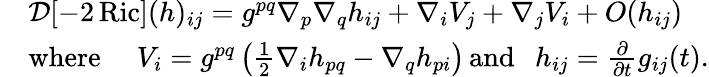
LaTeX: \begin{array}{rl}&{\mathcal{D}[-2\operatorname{Ric}](h)_{ij}=g^{pq}\nabla_{p}\nabla_{q}h_{ij}+\nabla_{i}V_{j}+\nabla_{j}V_{i}+O(h_{ij})}\\ &{\operatorname{where}\; \; \; \; V_{i}=g^{pq}\left(\frac{1}{2}\nabla_{i}h_{pq}-\nabla_{q}h_{pi}\right)\operatorname{and}\; \; h_{ij}=\frac{\partial}{\partial t}g_{ij}(t).}\end{array}